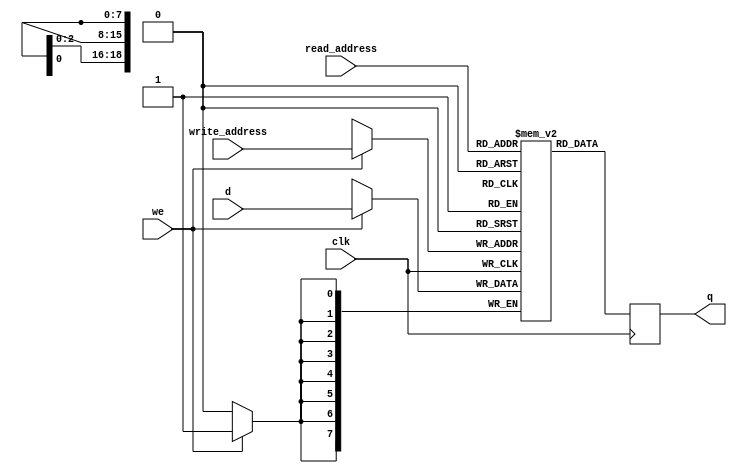

/*
 * Example 12-14: Single-Clock Synchronous RAM with Old Data ReadDuringWrite Behavior
 *
 * Quartus II handbook
 * https://www.altera.com/content/dam/altera-www/global/en_US/pdfs/literature/hb/qts/quartusii_handbook.pdf
 *
 */
 
module img_data (
    output reg [7:0] q,
    input [7:0] d,
    input [18:0] write_address, read_address,
    input we, clk
);
    
    (* ramstyle = "M10K" *)
    //reg [7:0] mem [383999:0] /* synthesis ram_init_file = "img_data_logo.mif" */;
    reg [7:0] mem [383999:0] /* synthesis ram_init_file = "heart_data.mif" */;
    
    always @ (posedge clk) begin
        if (we)
            mem[write_address] <= d;
        q <= mem[read_address]; // q doesn't get d in this clock cycle
    end
    
endmodule